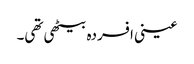
عینی افسردہ بیٹھی تھی۔